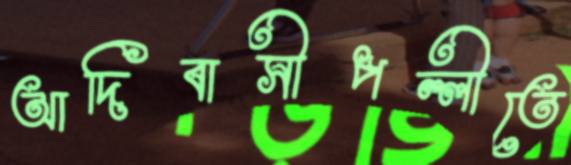
আদিবাসীপল্লীতে